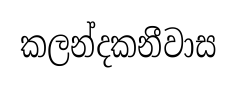
කලන්දකනීවාස